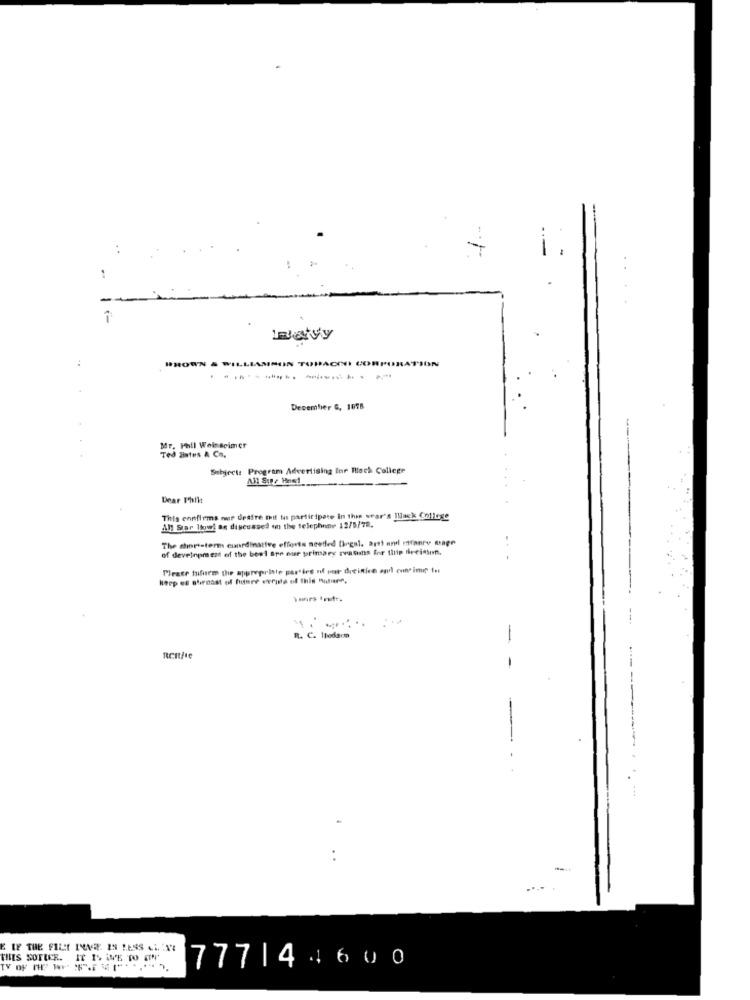
Ratyy
SHOWN & WILLIAMSON TORACINI CORPOR
December G, 1078
Mr. Phil Wein geimer
Ted Entes & Co.
Subject: Program Advertising for Block College
Dear Phil:
This ennfirms mor desire not to participate in this wear's lack College
All Star low! as discussed on the telephone 12/5/78,
The short-term cunrdinatiee efforts neetled Diegal. art! and manre mage
of development of the best are our primary reasons for thip fireinton.
Please fuifarm the appropriate parties of our dreinice and continue to
R. C. Itedson
-
-
. .
777|44600